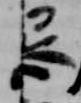
忌